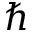
\hbar